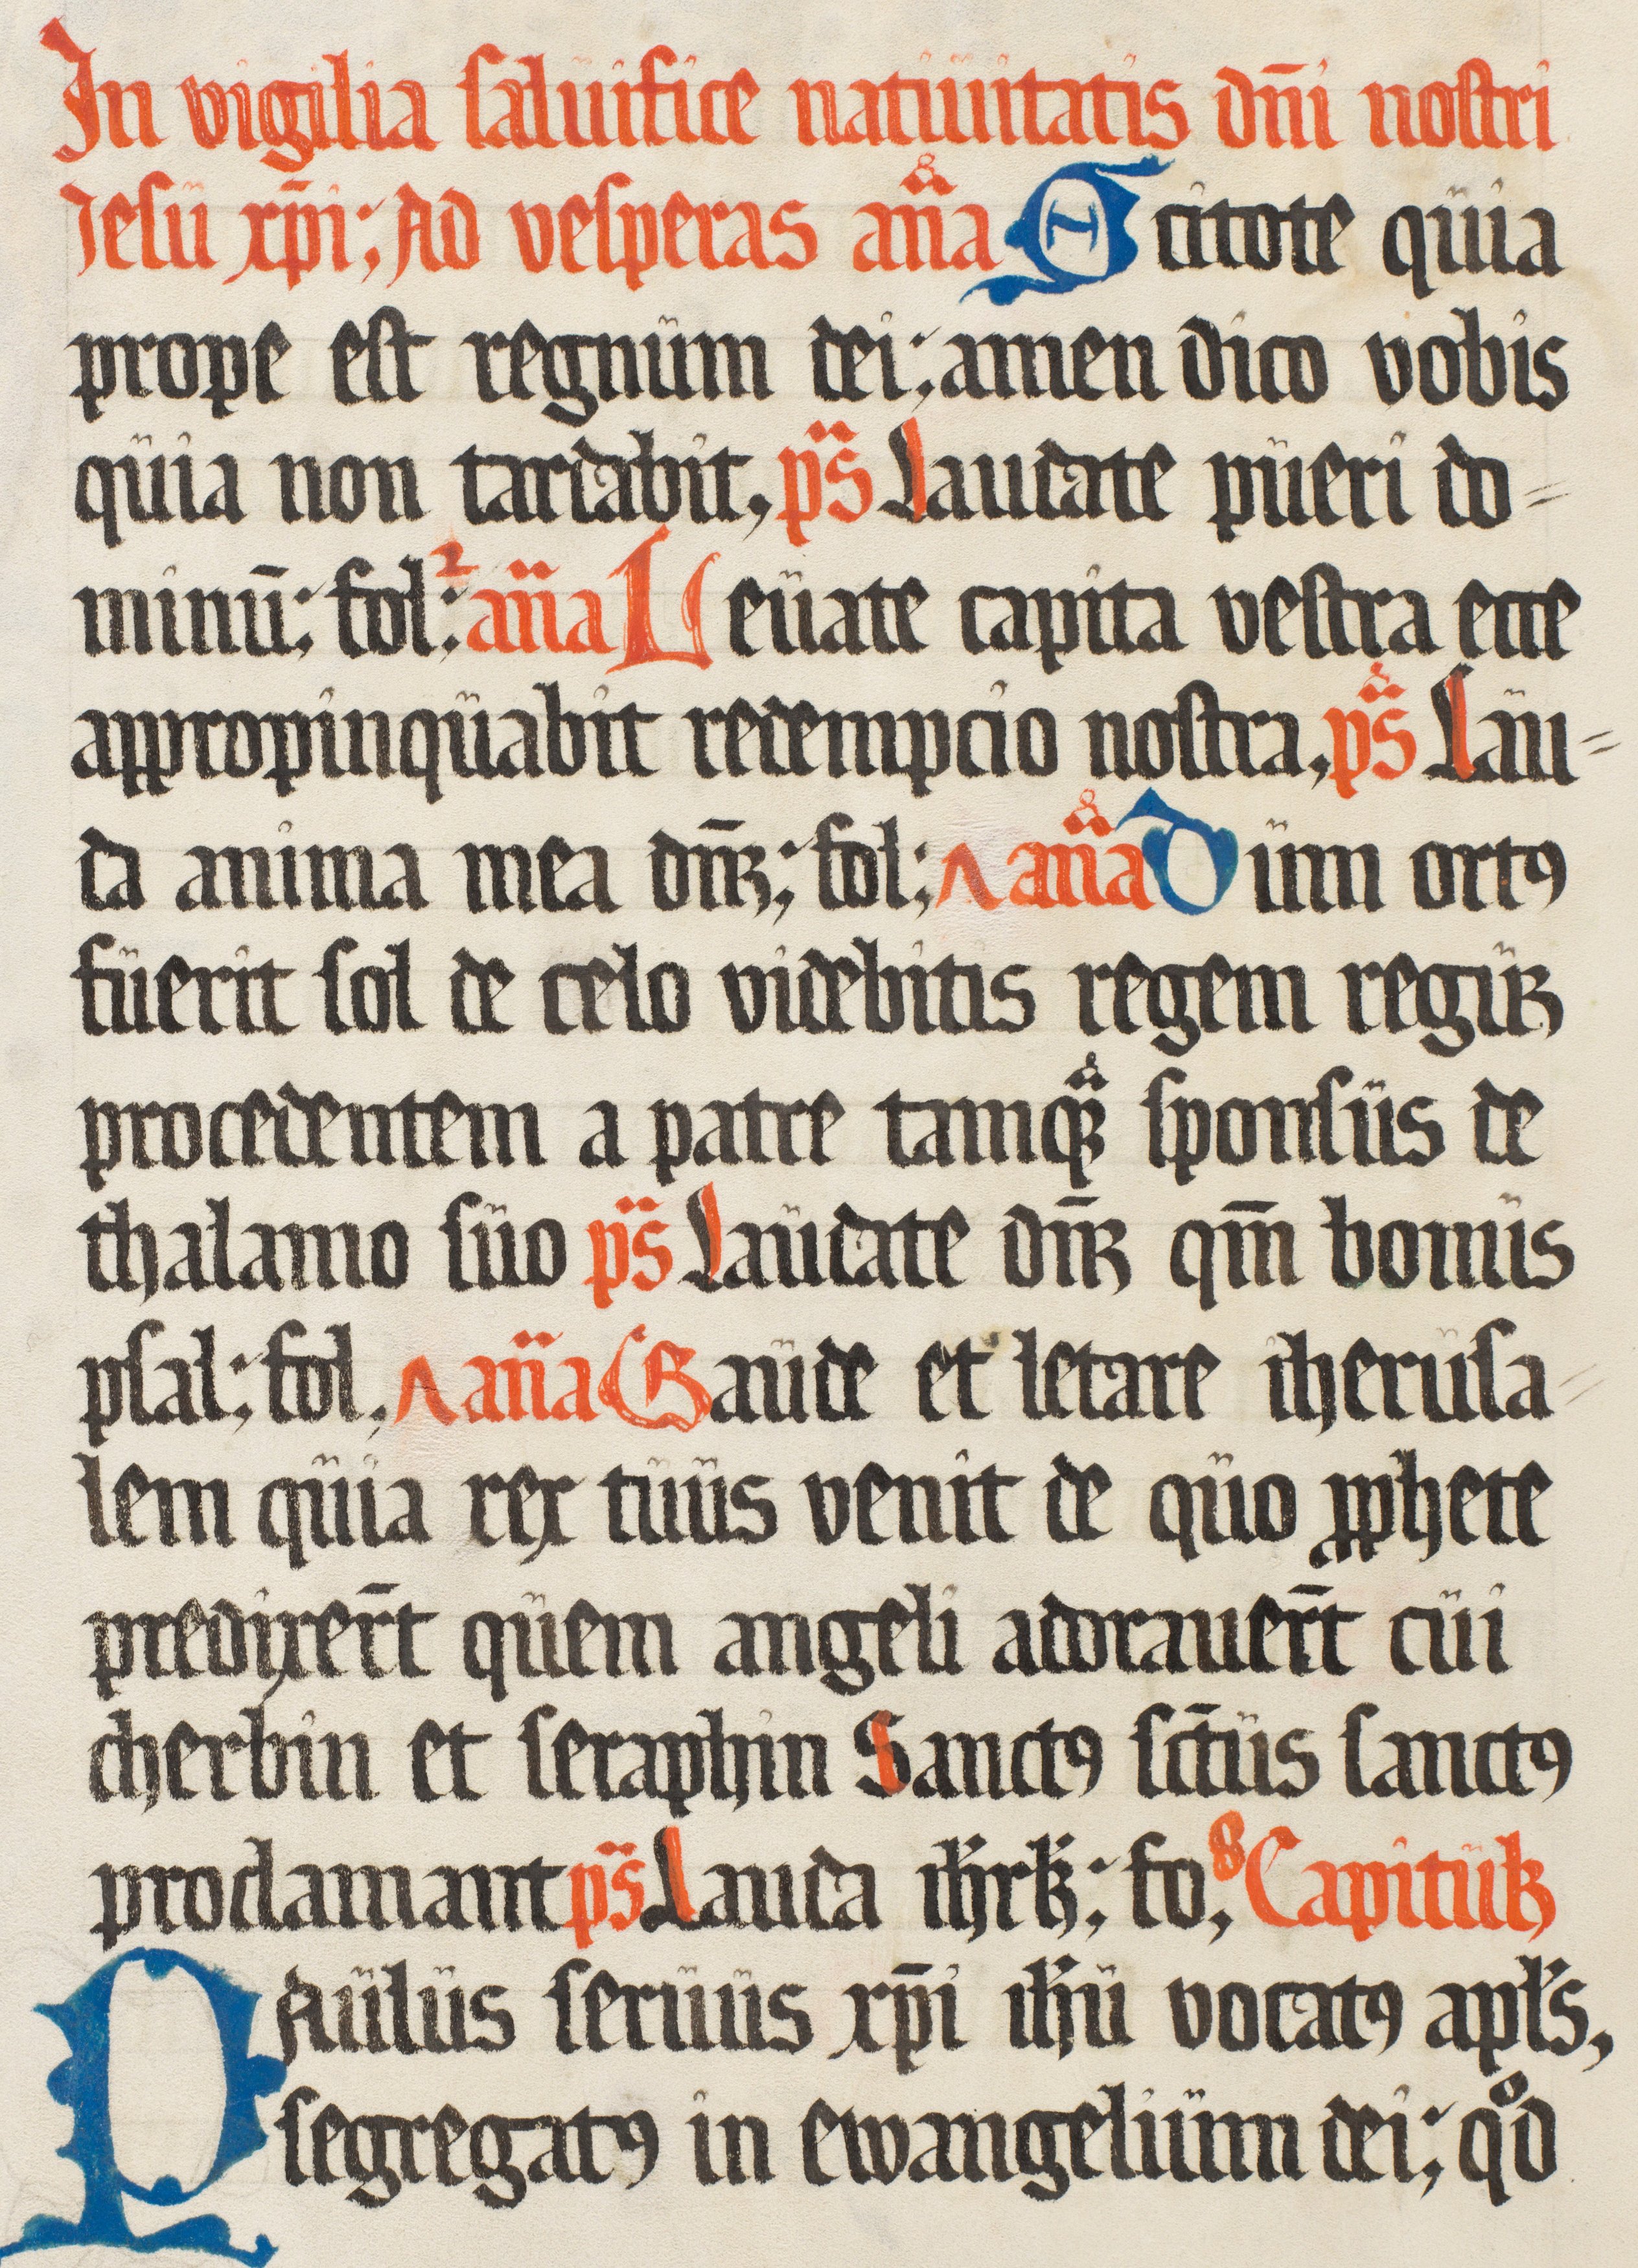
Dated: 1500–1599